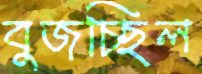
বুজচ্ছিল